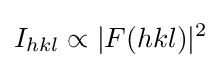
I_{hkl}\propto |F(hkl)|^{2}